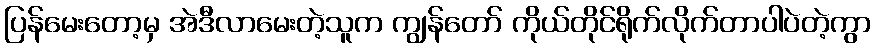
ပြန်မေးတော့မှ အဲဒီလာမေးတဲ့သူက ကျွန်တော် ကိုယ်တိုင်ရိုက်လိုက်တာပါပဲတဲ့ကွာ